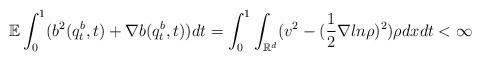
LaTeX: \begin{align*}\mathbb{E}\int_0^1 (b^2(q_t^b, t)+\nabla b(q_t^b, t))dt = \int_0^1 \int_{\mathbb{R}^d} (v^2 - (\frac 1 2 \nabla ln \rho)^2)\rho dx dt <\infty \quad\end{align*}